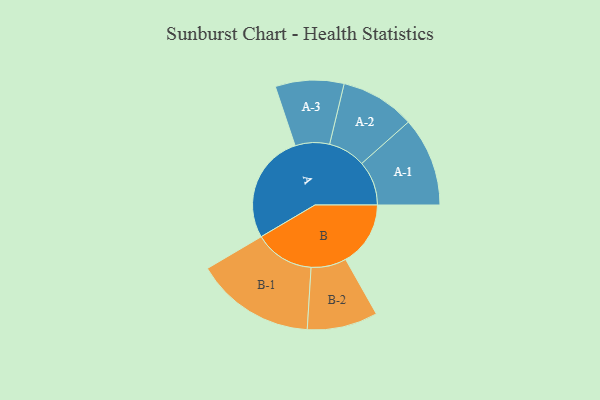
{"axis": {"x": "Segment", "y": "Value"}, "legend": ["", "A", "B"], "data": [{"x": "A", "y": 436, "type": ""}, {"x": "B", "y": 259, "type": ""}, {"x": "A-1", "y": 178, "type": "A"}, {"x": "A-2", "y": 149, "type": "A"}, {"x": "A-3", "y": 137, "type": "A"}, {"x": "B-1", "y": 239, "type": "B"}, {"x": "B-2", "y": 141, "type": "B"}]}